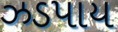
ઝડપાય